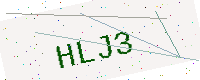
Text: HLJ3